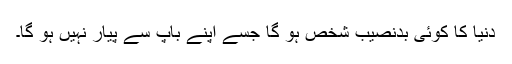
دنیا کا کوئی بدنصیب شخص ہو گا جسے اپنے باپ سے پیار نہیں ہو گا۔